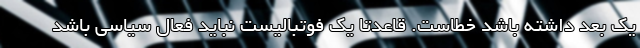
یک بُعد داشته باشد خطاست. قاعدتاً یک فوتبالیست نباید فعال سیاسی باشد